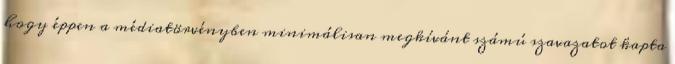
hogy éppen a médiatörvényben minimálisan megkívánt számú szavazatot kapta